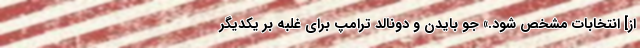
از] انتخابات مشخص شود.» جو بایدن و دونالد ترامپ برای غلبه بر یکدیگر